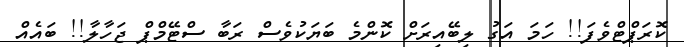
ކޮރަޕްޓްވެފަ!! ހަމަ އަގު ލިބޭއިރަށް ކޮންމެ ބަޔަކުވެސް ރަބާ ސްޓޭމްޕް ޖަހާލާ!! ބައެއް